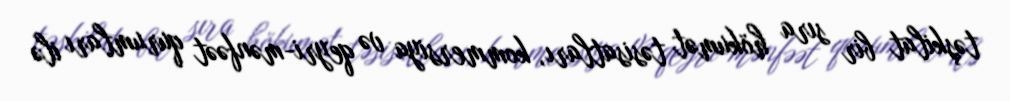
təşkilat bir sıra hökumət təsisatları, kommersiya və qeyri-mənfəət qurumları ilə